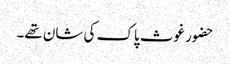
حضور غوث پاک کی شان تھے۔